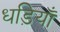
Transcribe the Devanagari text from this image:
धड़ियाँ